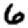
Digit: 6